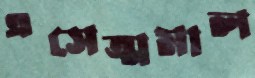
এসেত্মমাল